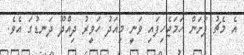
އެ މެޗު ފަށަން ހަމަޖެހިފައި ވަނީ މިއަދު ހަވީރު ދިއްދޫ ދަނޑުގަ އެވެ.